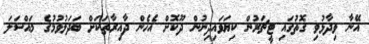
އޭނާ ވިދާޅުވި ގޮތުގައި ޓީޗަރުން ކިޔަވައިދިނުން ދޫކޮށް އެހެން ދާއިރާތަކަށް ބަދަލުވުމުގެ މައްސަލަ